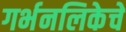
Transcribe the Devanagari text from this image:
गर्भनलिकेचे